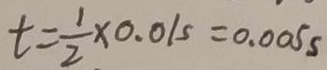
t = \frac { 1 } { 2 } \times 0 . 0 1 s = 0 . 0 0 5 s